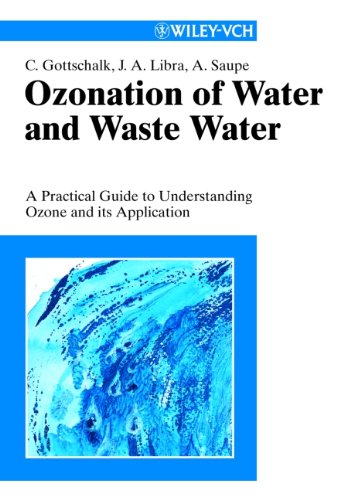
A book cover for Ozonation of Drinking Water and of Wastewater; Christiane Gottschalk; Science & Math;